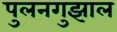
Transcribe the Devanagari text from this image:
पुलनगुझाल